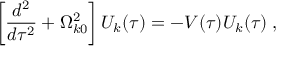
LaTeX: \left[ \frac { d ^ { 2 } } { d \tau ^ { 2 } } + \Omega _ { k 0 } ^ { 2 } \right] U _ { k } ( \tau ) = - V ( \tau ) U _ { k } ( \tau ) \; ,